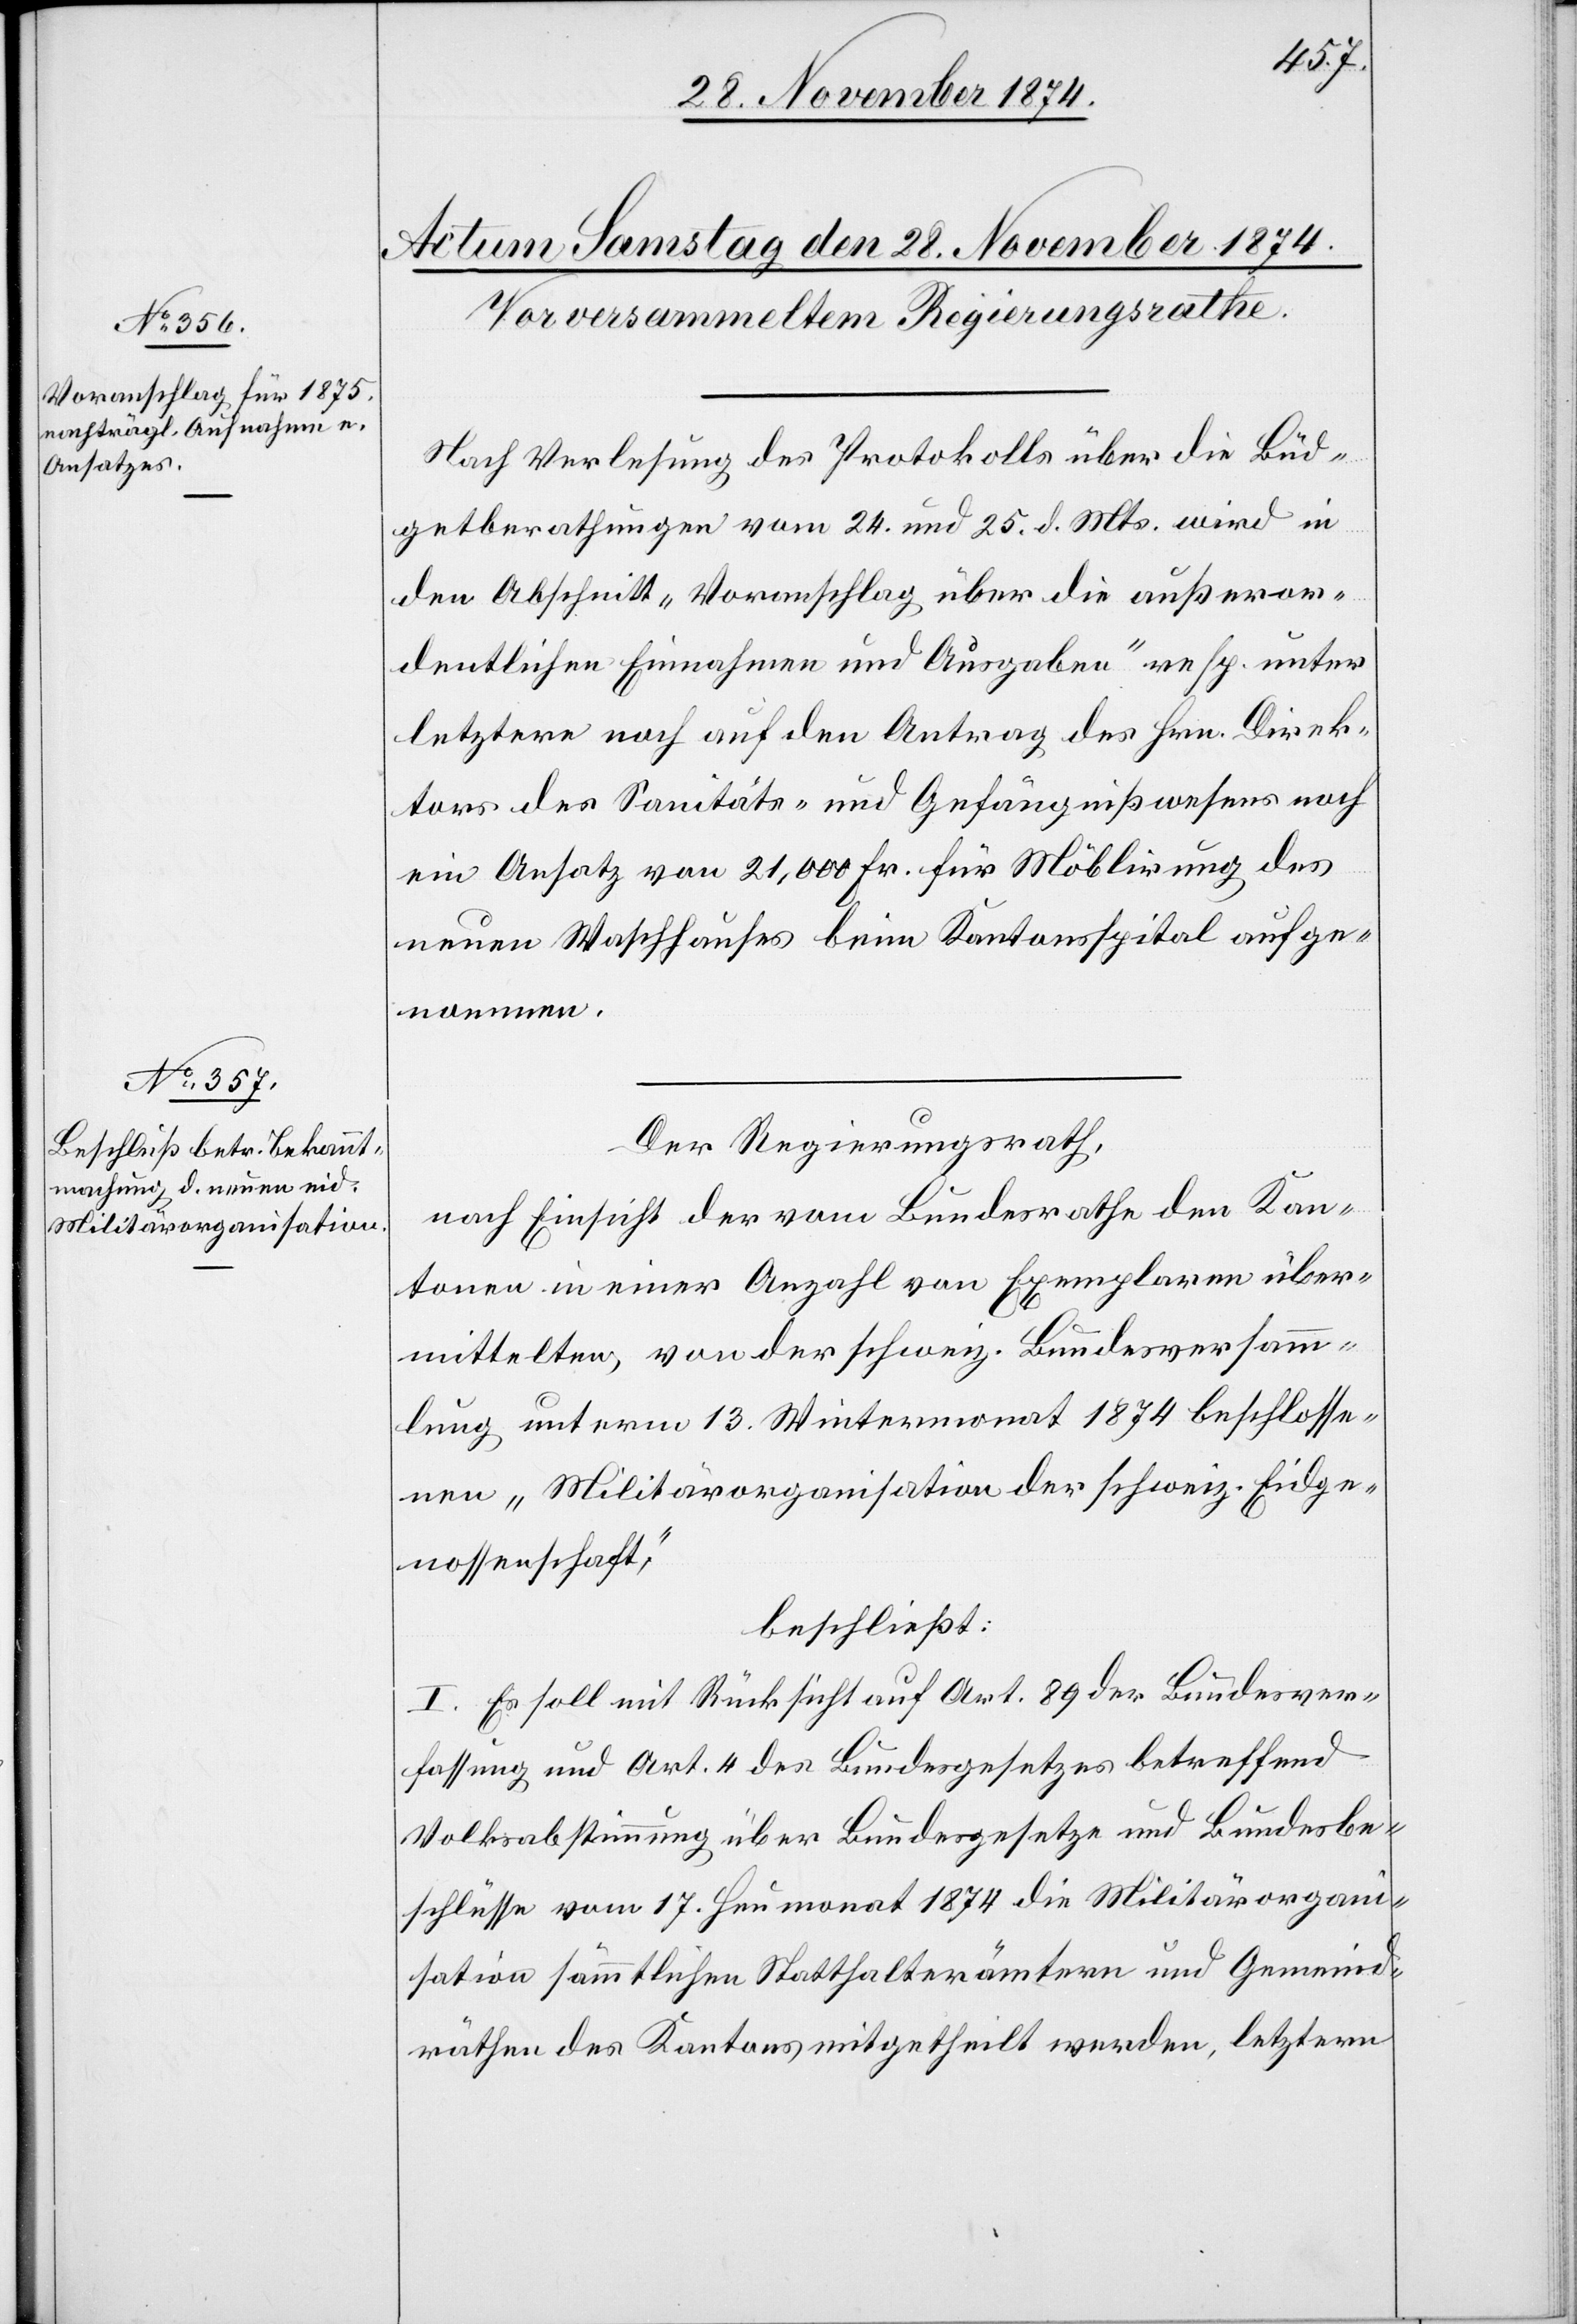
Nach Verlesung des Protokolls über die Büd¬
getberathungen vom 24. und 25. d. Mts. wird in
den Abschnitt „Voranschlag über die außeror¬
dentlichen Einnahmen und Ausgaben“ resp. unter
letztere noch auf den Antrag des Hrn. Direk¬
tors der Sanitäts- und Gefängnißwesens noch
ein Ansatz von 21,000 Fr. für Möblirung des
neuen Waschhauses beim Kantonsspital aufge¬
nommen.
Der Regierungsrath,
nach Einsicht der vom Bundesrathe den Kan¬
tonen in einer Anzahl von Exemplaren über¬
mittelten, von der schweiz. Bundesversamm¬
lung unterm 13. Wintermonat 1874 beschlosse¬
n „Militärorganisation der schweiz. Eidge¬
nossenschaft“,
beschließt:
I. Es soll mit Rücksicht auf Art. 89 der Bundesver¬
fassung und Art. 4 des Bundesgesetzes betreffend
Volksabstimmung über Bundesgesetze und Bundesbe¬
schlüsse vom 17. Heumonat 1874 die Militärorgan¬
isation sämmtlichen Statthältern und Gemeind¬
räthen des Kantons mitgetheilt werden, letztern